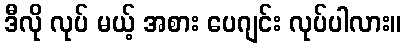
ဒီလို လုပ် မယ့် အစား ပေဂျင်း လုပ်ပါလား။